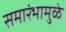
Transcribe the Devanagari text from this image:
समारंभामुळे